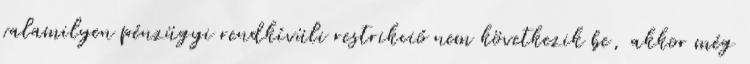
valamilyen pénzügyi rendkívüli restrikció nem következik be, akkor még